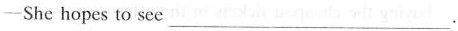
—She hopes to see ___.